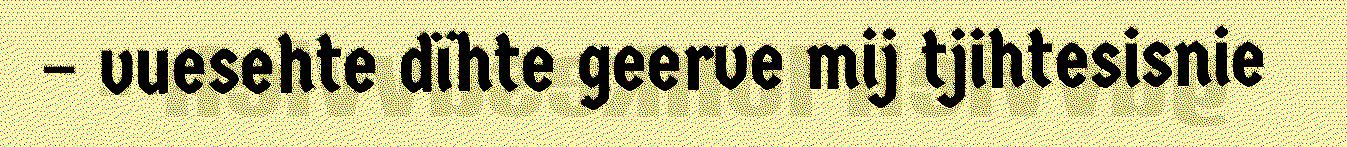
– vuesehte dïhte geerve mij tjihtesisnie